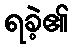
ရခဲ့၏